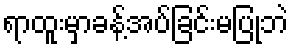
ရာထူးမှာခန့်အပ်ခြင်းမပြုဘဲ